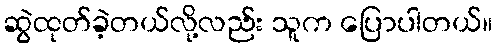
ဆွဲထုတ်ခဲ့တယ်လို့လည်း သူက ပြောပါတယ်။